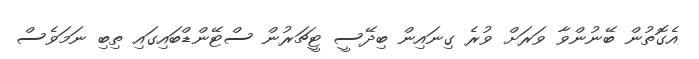
އެގޮތުން ބޭނުންވާ ވަރަށް ވުރެ ގިނައިން ބިދޭސީ ޓީޗަރުން ސްޓޭންޑްބައިގައި ތިބި ނަމަވެސް